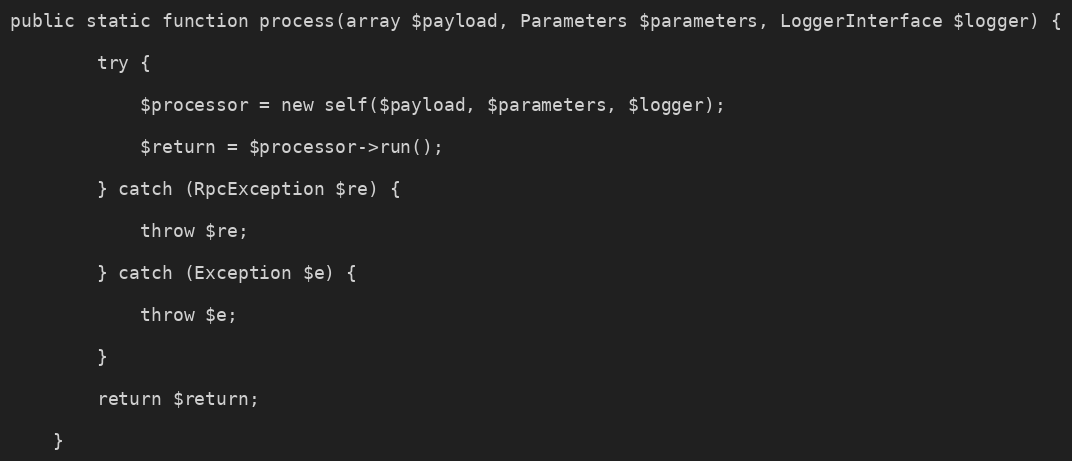
Language: PHP
public static function process(array $payload, Parameters $parameters, LoggerInterface $logger) {

        try {

            $processor = new self($payload, $parameters, $logger);

            $return = $processor->run();

        } catch (RpcException $re) {

            throw $re;

        } catch (Exception $e) {

            throw $e;

        }

        return $return;

    }